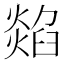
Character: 𤏭